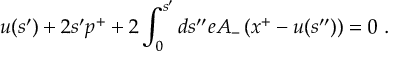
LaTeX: u ( s ^ { \prime } ) + 2 s ^ { \prime } p ^ { + } + 2 \int _ { 0 } ^ { s ^ { \prime } } d s ^ { \prime \prime } e A _ { - } \left( x ^ { + } - u ( s ^ { \prime \prime } ) \right) = 0 \; .